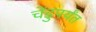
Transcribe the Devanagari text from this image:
चेंडुपर्यंत